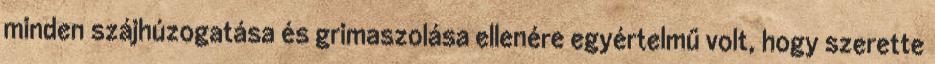
minden szájhúzogatása és grimaszolása ellenére egyértelmű volt, hogy szerette